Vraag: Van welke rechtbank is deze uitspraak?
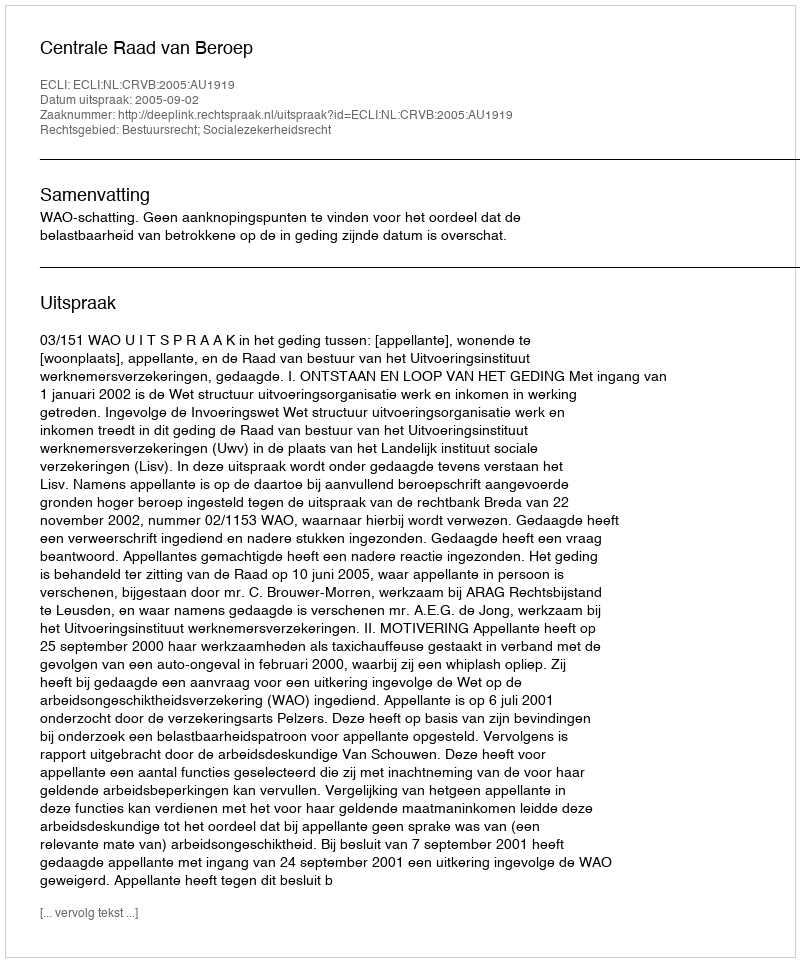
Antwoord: Centrale Raad van Beroep